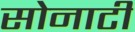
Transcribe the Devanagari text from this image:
सोनाटी